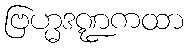
ဗြဟ္မဒဏ္ဍကထာ